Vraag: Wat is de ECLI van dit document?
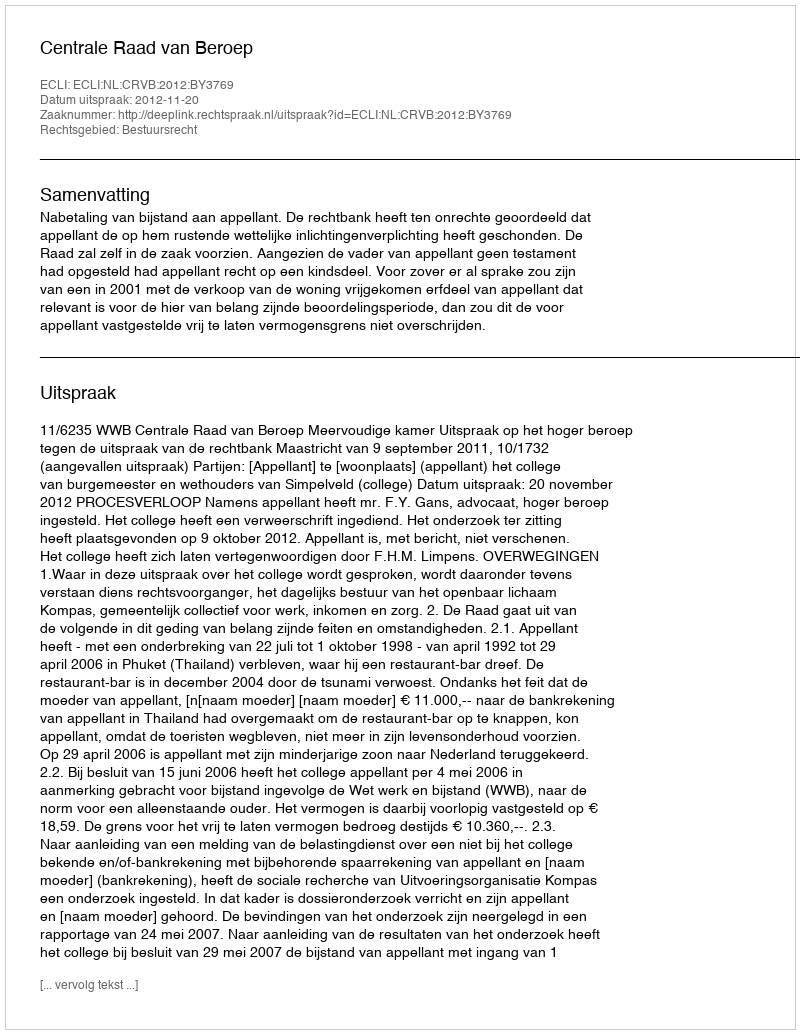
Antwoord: ECLI:NL:CRVB:2012:BY3769